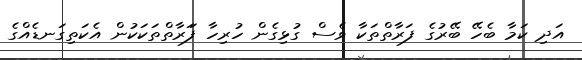
އަދި ކަމާ ބެހޭ ބޭރުގެ ފަރާތްތަކާ ވެސް ގުޅިގެން ހުރިހާ ފަަރާތްތަކަކުން އެކަތިގަނޑެއްގެ